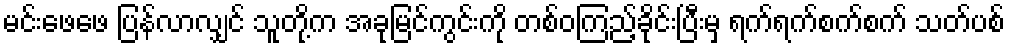
မင်းဖေဖေ ပြန်လာလျှင် သူတို့က အခုမြင်ကွင်းကို တစ်ဝကြည့်ခိုင်းပြီးမှ ရက်ရက်စက်စက် သတ်ပစ်